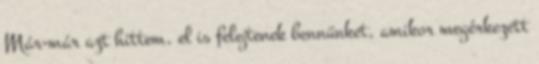
Már-már azt hittem, el is felejtenek bennünket, amikor megérkezett